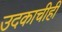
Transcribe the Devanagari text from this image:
उदकाचीही